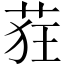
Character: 𫈃